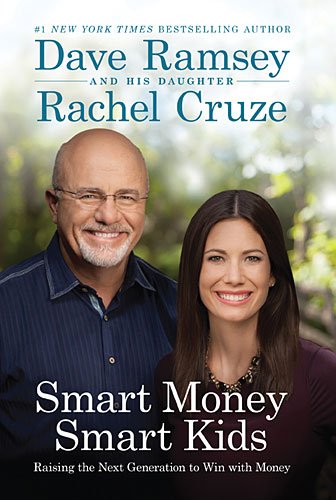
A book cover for Smart Money Smart Kids: Raising the Next Generation to Win with Money; Dave Ramsey; Parenting & Relationships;